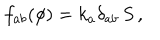
f _ { a b } ( \phi ) = k _ { a } \delta _ { a b } \, S \, ,